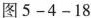
图5-4-18